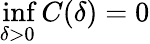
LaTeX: \operatorname*{inf}_{\delta>0}C(\delta)=0